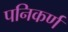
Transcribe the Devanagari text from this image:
पनिकर्ण